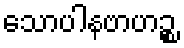
သောပါနဗာဟဉ္စ